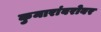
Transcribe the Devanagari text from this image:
कुमारांबरोबर